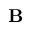
\mathbf { B }